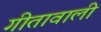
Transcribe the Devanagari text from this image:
गीतावाली